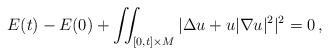
LaTeX: \begin{align*}E(t)-E(0)+\iint_{[0,t]\times M}|\Delta u+u|\nabla u|^2|^2=0\, ,\end{align*}